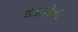
રોકાએલો